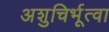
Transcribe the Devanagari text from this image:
अशुचिर्भूत्वा